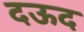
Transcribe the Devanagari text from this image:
दऊद